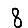
Digit: 8